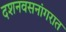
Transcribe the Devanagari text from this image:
दशनवसनांगरात